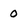
Character: 0